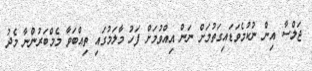
ޖަލްސާ އިން ނުކުމެވަޑައިގަތުމަށް ނަން އިއްވުމަށް ފަހު މާލަމުގައި ތިއްބަވާ މެމްބަރުންނާ މެދު